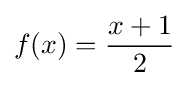
f(x)={\frac {x+1}{2}}